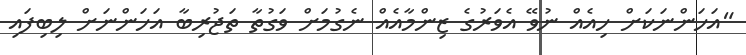
"އަހަންނަކަށް ހިއެއް ނުވޭ އެވަރުގެ ޒިންމާއެއް ނެގުމަށް ވަގުތާ ތަޖުރިބާ އަހަންނަށް ލިބިފައި